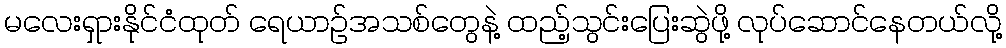
မလေးရှားနိုင်ငံထုတ် ရေယာဉ်အသစ်တွေနဲ့ ထည့်သွင်းပြေးဆွဲဖို့ လုပ်ဆောင်နေတယ်လို့